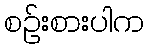
စဉ်းစားပါက